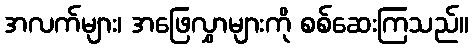
အလက်များ၊ အဖြေလွှာများကို စစ်ဆေးကြသည်။